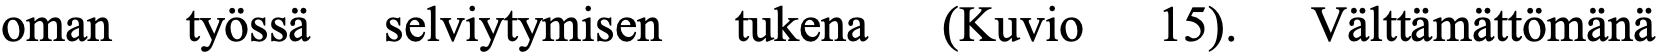
oman  työssä selviytymisen tukena (Kuvio 15). Välttämättömänä